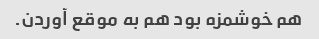
هم خوشمزه بود هم به موقع آوردن.